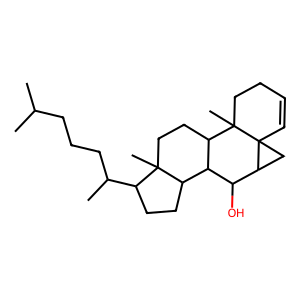
SMILES: CC(C)CCCC(C)C1CCC2C3C(O)C4CC45C=CCCC5(C)C3CCC12C
Inhibits HIV replication: No